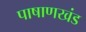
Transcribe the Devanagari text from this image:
पाषाणखंड